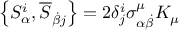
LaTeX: \left\{ S _ { \alpha } ^ { i } , { \overline { { S } } } _ { { \dot { \beta } } j } \right\} = 2 \delta _ { j } ^ { i } \sigma _ { \alpha { \dot { \beta } } } ^ { \mu } K _ { \mu }